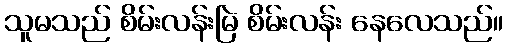
သူမသည် စိမ်းလန်းမြဲ စိမ်းလန်း နေလေသည်။